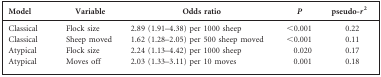
| Model | Variable | Odds ratio | P | pseudo-r2 |
 | --- | --- | --- | --- | --- |
 | Classical | Flock size | 2.89 (1.91–4.38) per 1000 sheep | <0.001 | 0.22 |
 | Classical | Sheep moved | 1.62 (1.28–2.05) per 500 sheep moved | <0.001 | 0.11 |
 | Atypical | Flock size | 2.24 (1.13–4.42) per 1000 sheep | 0.020 | 0.17 |
 | Atypical | Moves off | 2.03 (1.33–3.11) per 10 moves | 0.001 | 0.18 |